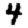
Digit: 4